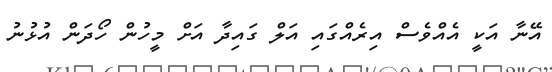
އޭނާ އަކީ އެއްވެސް އިރެއްގައި އަލް ގައިދާ އަށް މީހުން ހޯދަން އުޅުނު